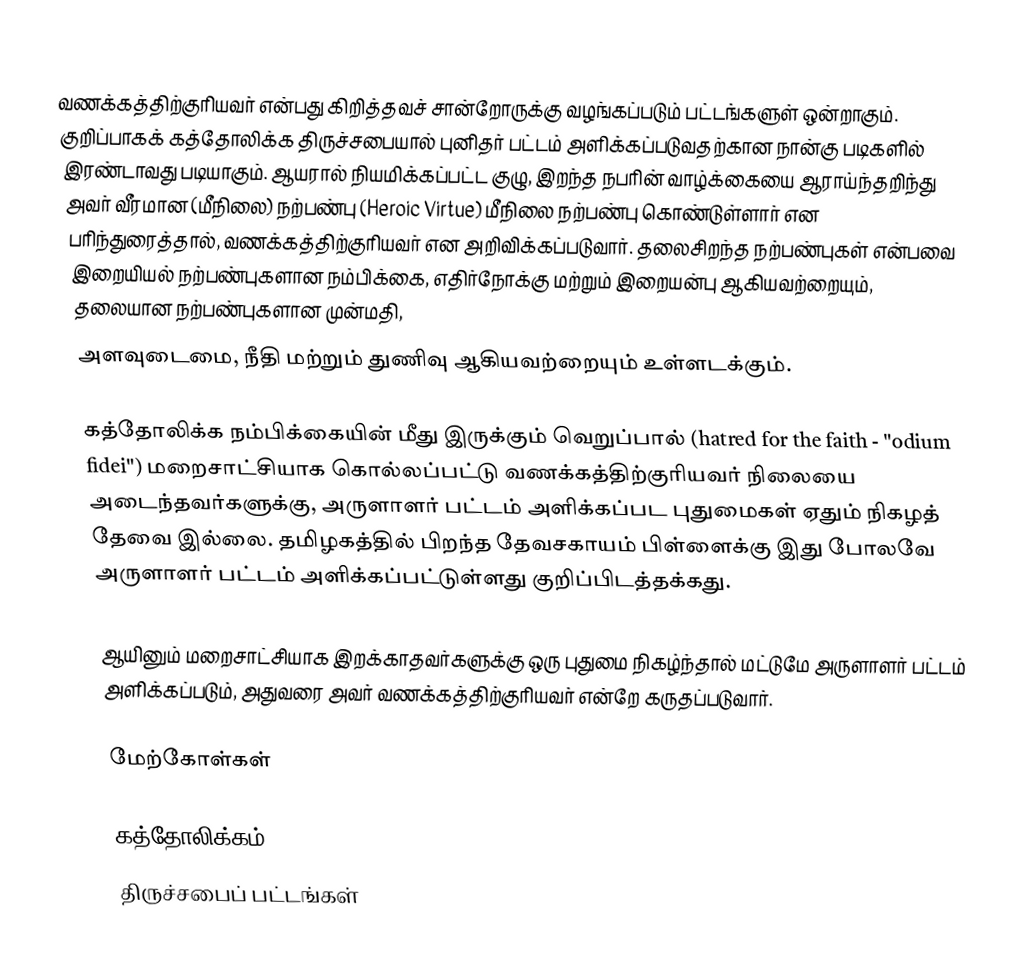
வணக்கத்திற்குரியவர் என்பது கிறித்தவச் சான்றோருக்கு வழங்கப்படும் பட்டங்களுள் ஒன்றாகும். குறிப்பாகக் கத்தோலிக்க திருச்சபையால் புனிதர் பட்டம் அளிக்கப்படுவதற்கான நான்கு படிகளில் இரண்டாவது படியாகும். ஆயரால் நியமிக்கப்பட்ட குழு, இறந்த நபரின் வாழ்க்கையை ஆராய்ந்தறிந்து அவர் வீரமான (மீநிலை) நற்பண்பு (Heroic Virtue) மீநிலை நற்பண்பு கொண்டுள்ளார் என பரிந்துரைத்தால், வணக்கத்திற்குரியவர் என அறிவிக்கப்படுவார். தலைசிறந்த நற்பண்புகள் என்பவை இறையியல் நற்பண்புகளான நம்பிக்கை, எதிர்நோக்கு மற்றும் இறையன்பு ஆகியவற்றையும், தலையான நற்பண்புகளான முன்மதி,
அளவுடைமை, நீதி மற்றும் துணிவு ஆகியவற்றையும் உள்ளடக்கும்.

கத்தோலிக்க நம்பிக்கையின் மீது இருக்கும் வெறுப்பால் (hatred for the faith - "odium fidei") மறைசாட்சியாக கொல்லப்பட்டு வணக்கத்திற்குரியவர் நிலையை அடைந்தவர்களுக்கு, அருளாளர் பட்டம் அளிக்கப்பட புதுமைகள் ஏதும் நிகழத் தேவை இல்லை. தமிழகத்தில் பிறந்த தேவசகாயம் பிள்ளைக்கு இது போலவே அருளாளர் பட்டம் அளிக்கப்பட்டுள்ளது குறிப்பிடத்தக்கது.

ஆயினும் மறைசாட்சியாக இறக்காதவர்களுக்கு ஒரு புதுமை நிகழ்ந்தால் மட்டுமே அருளாளர் பட்டம் அளிக்கப்படும், அதுவரை அவர் வணக்கத்திற்குரியவர் என்றே கருதப்படுவார்.

மேற்கோள்கள்

கத்தோலிக்கம்
திருச்சபைப் பட்டங்கள்